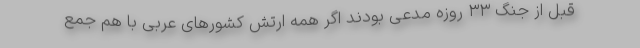
قبل از جنگ ۳۳ روزه مدعی بودند اگر همه ارتش کشورهای عربی با هم جمع